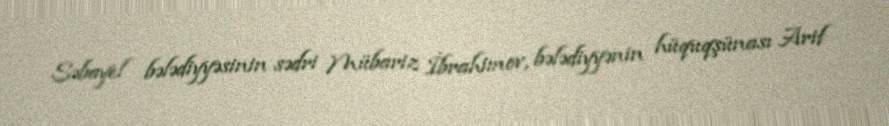
Səbayel bələdiyyəsinin sədri Mübariz İbrahimov, bələdiyyənin hüquqşünası Arif